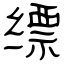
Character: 缥